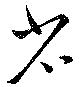
省